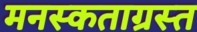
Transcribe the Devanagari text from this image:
मनस्कताग्रस्त